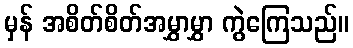
မှန် အစိတ်စိတ်အမွှာမွှာ ကွဲကြေသည်။